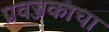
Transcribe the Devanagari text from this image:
प्रवज्जकाचा